Plague in India, 1896, 1897 - Volume 1
Year: 1896
Disease focus: Plague
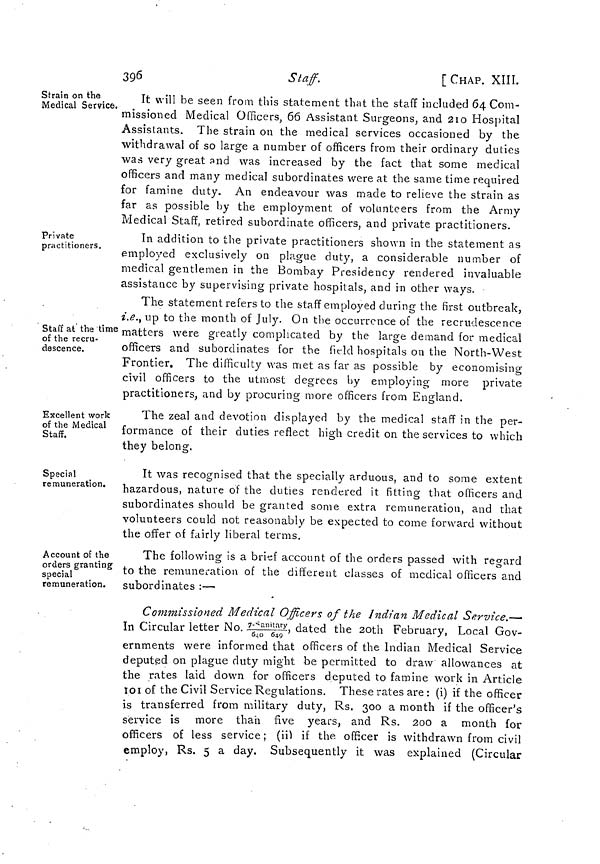
396
Staff.
[CHAP. XIII.
Strain on the
Medical Service.
It will be seen from this statement that the staff included 64 Com-
missioned Medical Officers, 66 Assistant Surgeons, and 210 Hospital
Assistants. The strain on the medical services occasioned by the
withdrawal of so large a number of officers from their ordinary duties
was very great and was increased by the fact that some medical
officers and many medical subordinates were at the same time required
for famine duty. An endeavour was made to relieve the strain as
far as possible by the employment of volunteers from the Army
Medical Staff, retired subordinate officers, and private practitioners.
Private
practitioners.
In addition to the private practitioners shown in the statement as
employed exclusively on plague duty, a considerable number of
medical gentlemen in the Bombay Presidency rendered invaluable
assistance by supervising private hospitals, and in other ways.
Staff at the time
of the recru-
descence.
The statement refers to the staff employed during the first outbreak,
i.e., up to the month of July. On the occurrence of the recrudescence
matters were greatly complicated by the large demand for medical
officers and subordinates for the field hospitals on the North-West
Frontier. The difficulty was met as far as possible by economising
civil officers to the utmost degrees by employing more private
practitioners, and by procuring more officers from England.
Excellent work
of the Medical
Staff.
The zeal and devotion displayed by the medical staff in the per-
formance of their duties reflect high credit on the services to which
they belong.
Special
remuneration.
It was recognised that the specially arduous, and to some extent
hazardous, nature of the duties rendered it fitting that officers and
subordinates should be granted some extra remuneration, and that
volunteers could not reasonably be expected to come forward without
the offer of fairly liberal terms.
Account of the
orders granting
special
remuneration.
The following is a brief account of the orders passed with regard
to the remuneration of the different classes of medical officers and
subordinates :—
Commissioned Medical Officers of the Indian Medical Service.—
In Circular letter No. 7-sanitary/640 649, dated the 20th February, Local Gov-
ernments were informed that officers of the Indian Medical Service
deputed on plague duty might be permitted to draw allowances at
the rates laid down for officers deputed to famine work in Article
101 of the Civil Service Regulations. These rates are : (i) if the officer
is transferred from military duty, Rs. 300 a month if the officer's
service is more than five years, and Rs. 200 a month for
officers of less service; (ii) if the officer is withdrawn from civil
employ, Rs. 5 a day. Subsequently it was explained (Circular